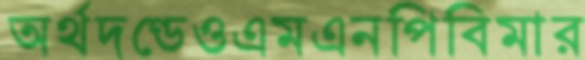
অর্থদণ্ডেওএমএনপিবিমার